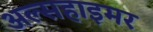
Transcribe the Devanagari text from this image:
अल्सहाइमर